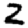
Digit: 2